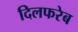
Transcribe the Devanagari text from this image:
दिलफरेब